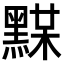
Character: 𪑞